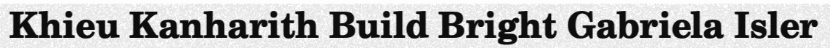
Khieu Kanharith Build Bright Gabriela Isler